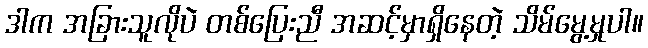
ဒါက အခြားသူလိုပဲ တစ်ပြေးညီ အဆင့်မှာရှိနေတဲ့ သိမ်မွေ့မှုပါ။